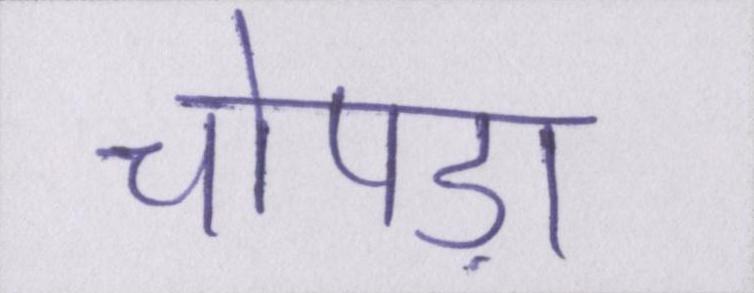
चोपड़ा